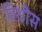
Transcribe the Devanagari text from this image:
विथीस